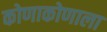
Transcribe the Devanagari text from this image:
कोणाकोणाला